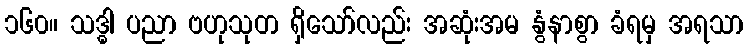
၁၆၀။ သဒ္ဓါ ပညာ ဗဟုသုတ ရှိသော်လည်း အဆုံးအမ နွံနာစွာ ခံရမှ အရသာ